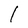
Character: I